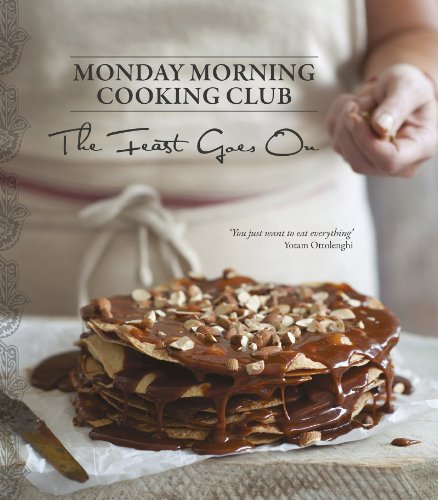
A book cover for The Feast Goes On; Monday Morning Cooking Club; Cookbooks, Food & Wine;